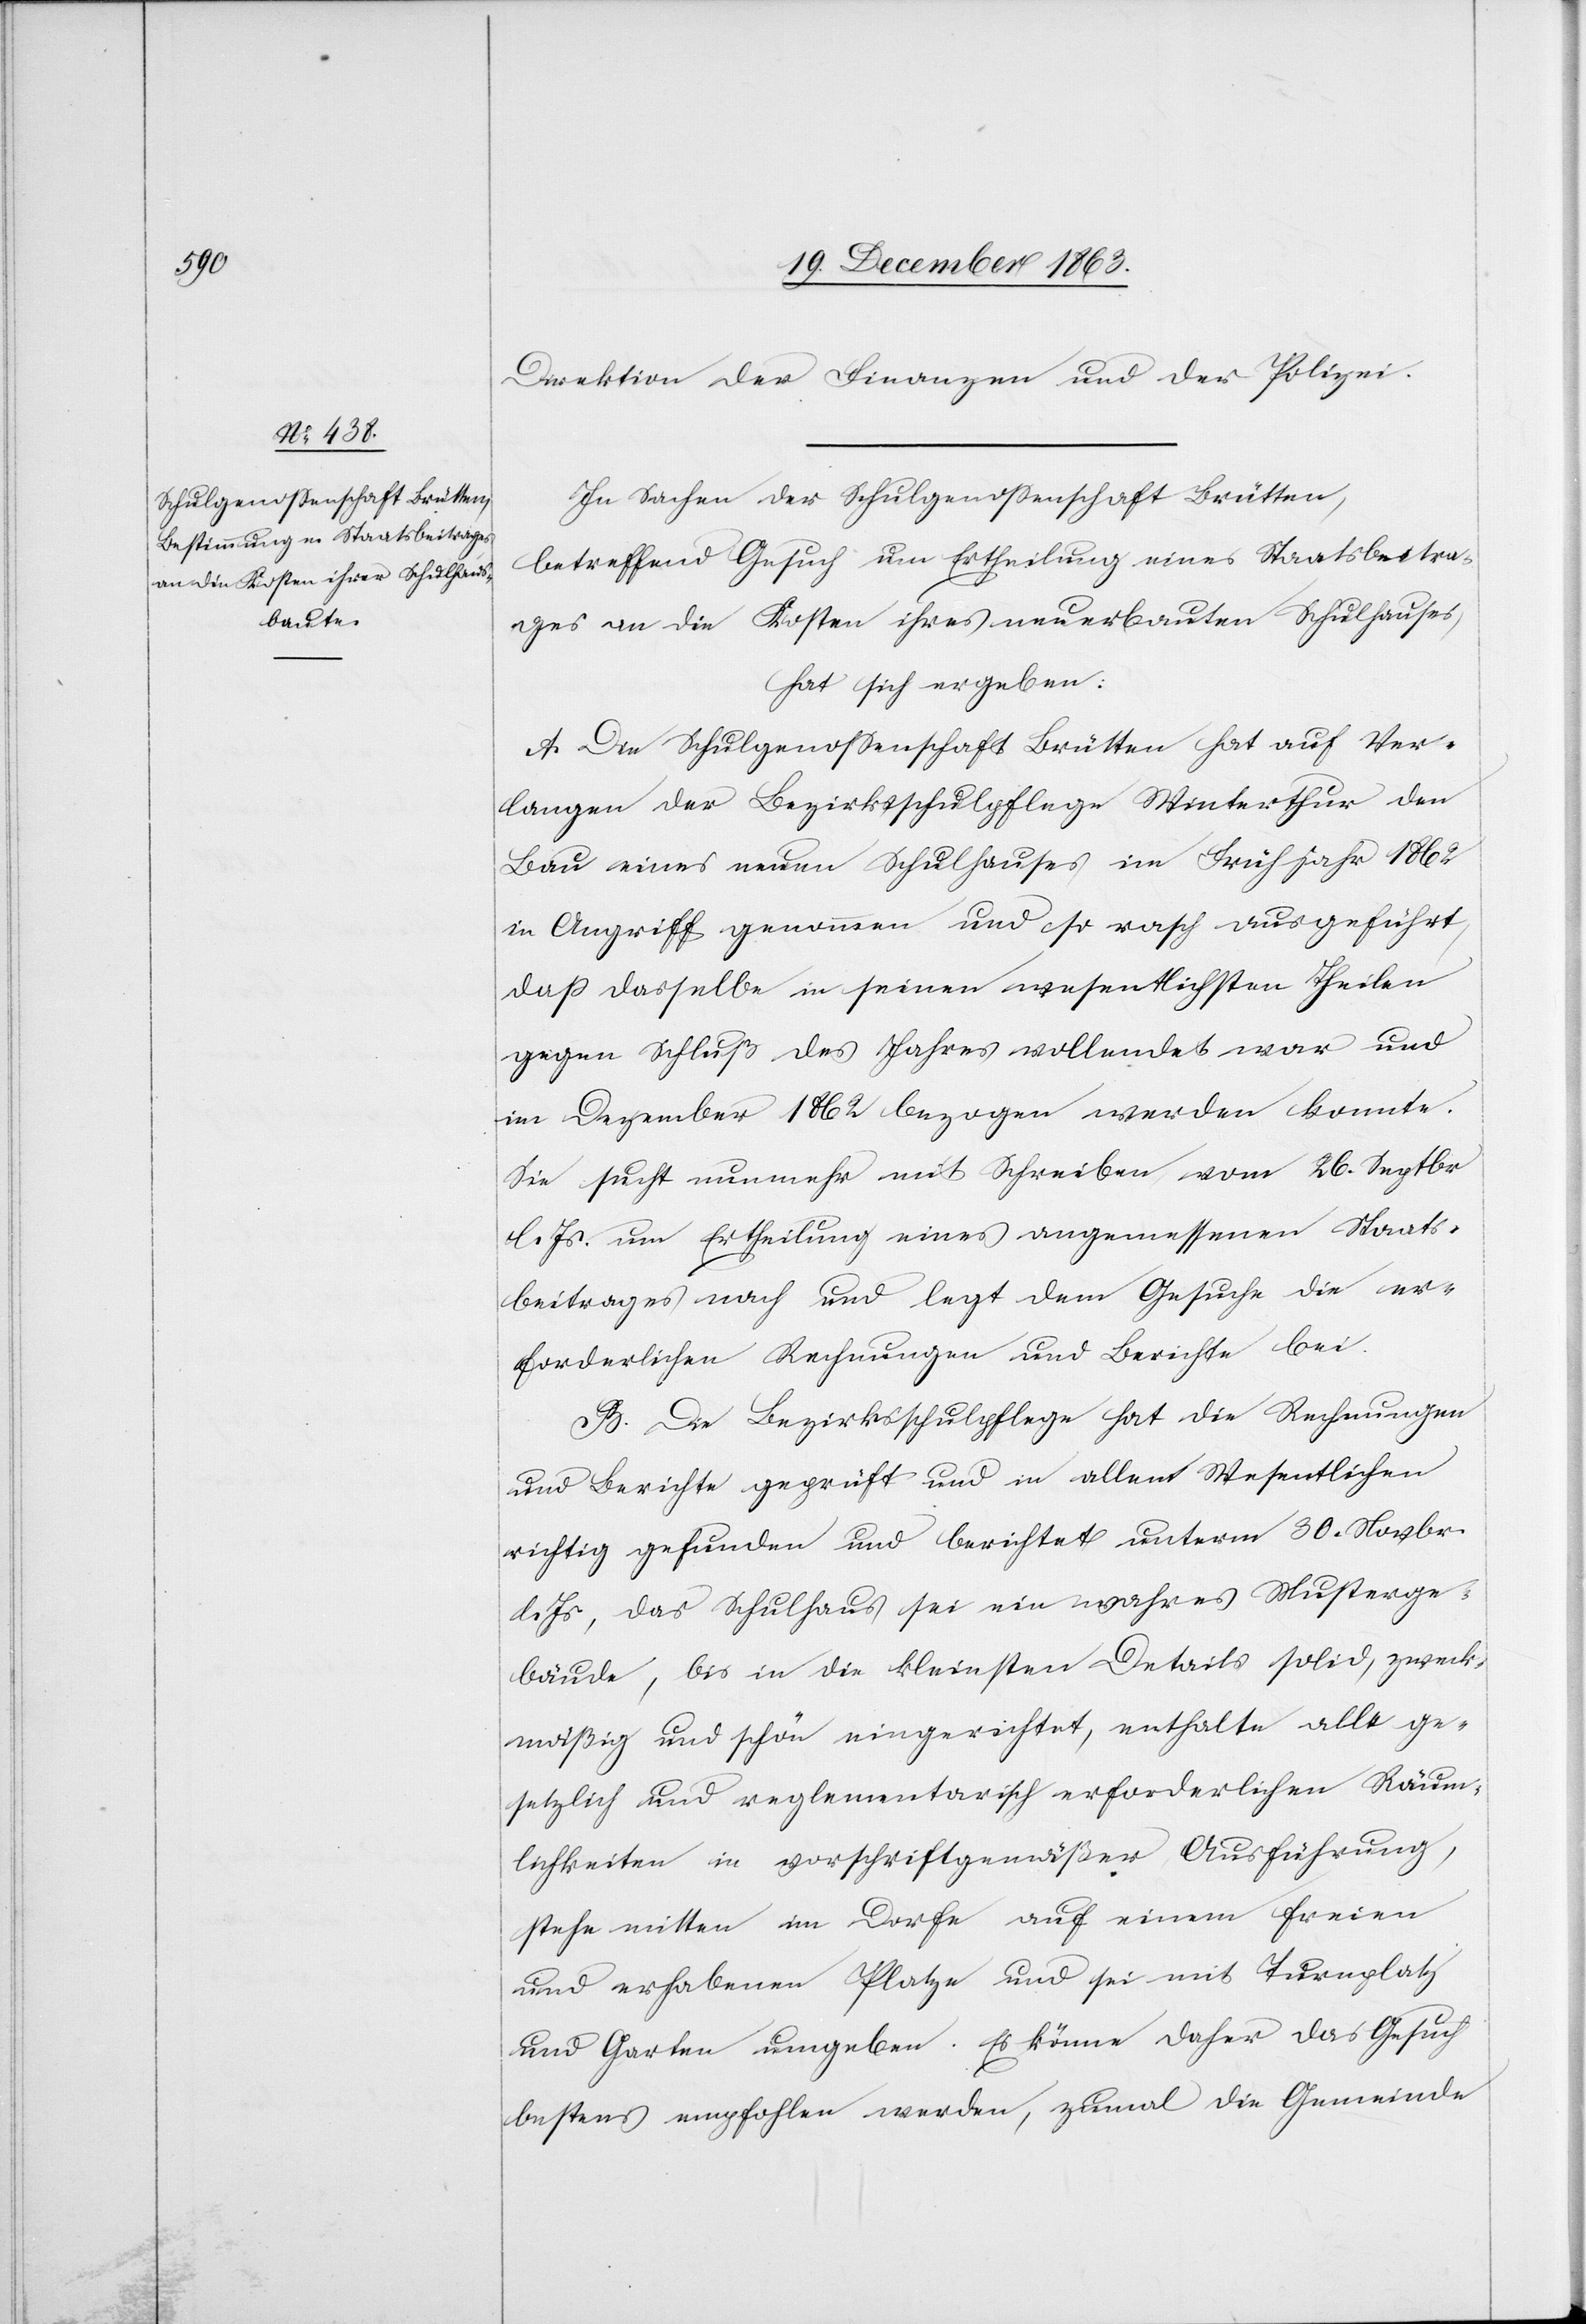
Direktion der Finanzen und der Polizei.
In Sachen der Schulgenossenschaft Brütten,
betreffend Gesuch um Ertheilung eines Staatsbeitra¬
ges an die Kosten ihres neuerbauten Schulhauses,
hat sich ergeben:
A. Die Schulgenossenschaft Brütten hat auf Ver¬
langen der Bezirksschulpflege Winterthur den
Bau eines neuen Schulhauses im Frühjahr 1862
in Angriff genommen und so rasch ausgeführt,
dass dasselbe in seinen wesentlichsten Theilen
gegen Schluß des Jahres vollendet war und
im Dezember 1862 bezogen werden konnte.
Sie sucht nunmehr mit Schreiben vom 26. Septbr
l. Js. um Ertheilung eines angemessenen Staats¬
beitrages nach und legt dem Gesuche die er¬
forderlichen Rechnungen und Berichte bei.
B. Die Bezirksschulpflege hat die Rechnungen
und Berichte geprüft und in allem Wesentlichen
richtig gefunden und berichtet unterm 30. Novbr.
l. Js., das Schulhaus sei ein wahres Musterge¬
bäude, bis in die kleinsten Details solid, zweck¬
mäßig und schön eingerichtet, enthalte alle ge¬
setzlich und reglementarisch erforderlichen Räum¬
lichkeiten in vorschriftgemäßer Ausführung,
stehe mitten im Dorfe auf einem freien
und erhabenen Platze und sei mit Turnplatz
und Garten umgeben. Es könne daher das Gesuch
bestens empfohlen werden, zumal die Gemeinde